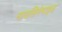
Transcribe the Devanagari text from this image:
नायसिनेमाइड